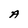
Character: A